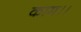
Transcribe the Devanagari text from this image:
काम।।